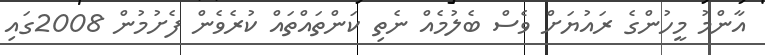
އާންމު މީހުންގެ ރައުޔަށް ވެސް ބެލުމެއް ނެތި ކަންތައްތައް ކުރެވެން ފެށުމުން 2008ގައި